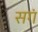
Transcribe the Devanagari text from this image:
सगं